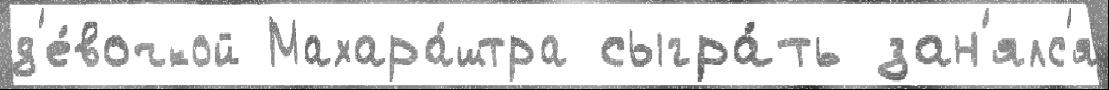
д'е́вочкой Махара́штра сыгра́ть зан'ялс'я